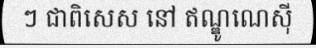
ៗ ជាពិសេស នៅ ឥណ្ឌូណេស៊ី